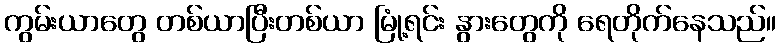
ကွမ်းယာတွေ တစ်ယာပြီးတစ်ယာ မြုံ့ရင်း နွားတွေကို ရေတိုက်နေသည်။